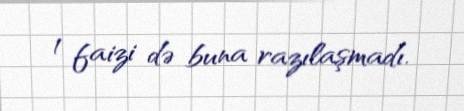
1 faizi də buna razılaşmadı.